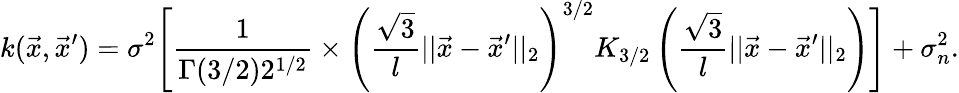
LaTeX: k(\vec{x},\vec{x}^{\prime})=\sigma^{2}\Biggl[\frac{1}{\Gamma({3/2})2^{{1/2}}}\times\left(\frac{\sqrt{3}}{l}||\vec{x}-\vec{x}^{\prime}||_{2}\right)^{3/2}K_{3/2}\left(\frac{\sqrt{3}}{l}||\vec{x}-\vec{x}^{\prime}||_{2}\right)\Biggr]+\sigma_{n}^{2}.